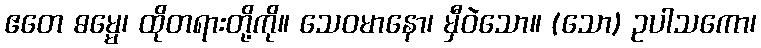
ဧတေ ဓမ္မေ၊ ထိုတရားတို့ကို။ သေဝမာနော၊ မှီဝဲသော။ (သော) ဥပါသကော၊